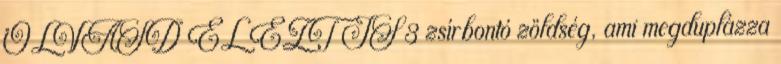
OLVASD EL EZT IS 3 zsírbontó zöldség, ami megduplázza